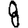
Digit: 8